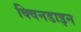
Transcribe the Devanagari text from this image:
क्विनडाइन